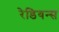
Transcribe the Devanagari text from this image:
रेडियन्स